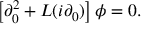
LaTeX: \left[ \partial _ { 0 } ^ { 2 } + L ( i \partial _ { 0 } ) \right] \phi = 0 .